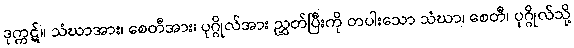
ဒုက္ကဋ်။ သံဃာအား၊ စေတီအား၊ ပုဂ္ဂိုလ်အား ညွှတ်ပြီးကို တပါးသော သံဃာ၊ စေတီ၊ ပုဂ္ဂိုလ်သို့